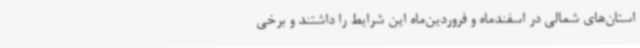
استان‌های شمالی در اسفندماه و فروردین‌ماه این شرایط را داشتند و برخی